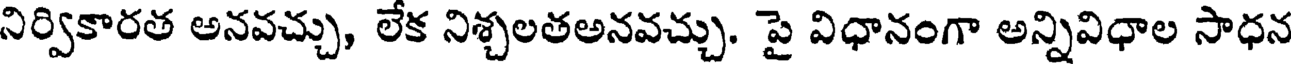
నిర్వికారత అనవచ్చు, లేక నిశ్చలతఅనవచ్చు. పై విధానంగా అన్నివిధాల సాధన